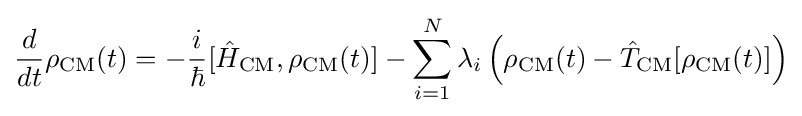
{\frac {d}{dt}}\rho _{\mathrm {CM} }(t)=-{\frac {i}{\hbar }}[{\hat {H}}_{\mathrm {CM} },\rho _{\mathrm {CM} }(t)]-\sum _{i=1}^{N}\lambda _{i}\left(\rho _{\mathrm {CM} }(t)-{\hat {T}}_{\mathrm {CM} }[\rho _{\mathrm {CM} }(t)]\right)